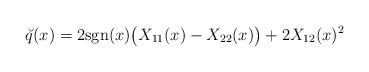
LaTeX: \begin{align*}& \breve q(x)=2{\mathrm{sgn}}(x)\big(X_{11}(x)-X_{22}(x)\big)+2X_{12}(x)^2\end{align*}